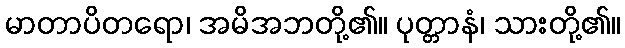
မာတာပိတရော၊ အမိအဘတို့၏။ ပုတ္တာနံ၊ သားတို့၏။